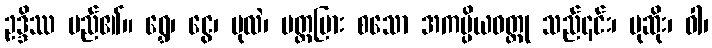
ဥဒ္ဒိဿ မည်၏။ ရွှေ၊ ငွေ၊ ပုလဲ၊ ပတ္တမြား စသော အကပ္ပိယဝတ္ထု သည်၎င်း၊ ပုဆိုး၊ ဝါ၊